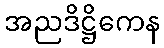
အညဒိဋ္ဌိကေန